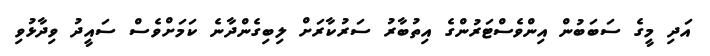
އަދި މީގެ ސަބަބުން އިންވެސްޓަރުންގެ އިތުބާރު ސަރުކާރަށް ލިބިގެންދާނެ ކަމަށްވެސް ސައީދު ވިދާޅުވި